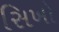
સિખો